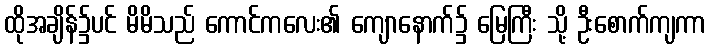
ထိုအချိန်၌ပင် မိမိသည် ကောင်ကလေး၏ ကျောနောက်၌ မြေကြီး သို့ ဦးစောက်ကျကာ